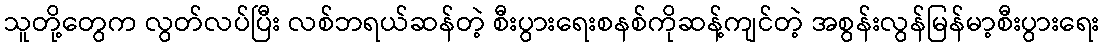
သူတို့တွေက လွတ်လပ်ပြီး လစ်ဘရယ်ဆန်တဲ့ စီးပွားရေးစနစ်ကိုဆန့်ကျင်တဲ့ အစွန်းလွန်မြန်မာ့စီးပွားရေး